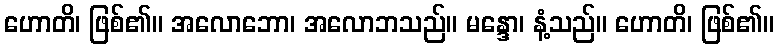
ဟောတိ၊ ဖြစ်၏။ အလောဘော၊ အလောဘသည်။ မန္ဒော၊ နံ့သည်။ ဟောတိ၊ ဖြစ်၏။